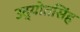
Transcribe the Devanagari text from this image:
उद्योतसिंह